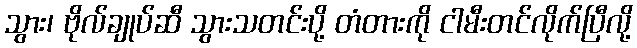
သွား၊ ဗိုလ်ချုပ်ဆီ သွားသတင်းပို့ တံတားကို ငါမီးတင်လိုက်ပြီလို့